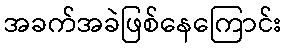
အခက်အခဲဖြစ်နေကြောင်း